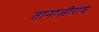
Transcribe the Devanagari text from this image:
तानाजीराव